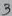
Text: 3